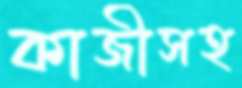
কাজীসহ